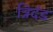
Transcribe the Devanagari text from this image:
त्रिदंड